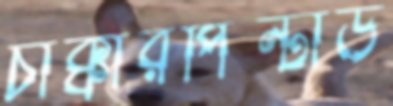
চাক্কারপিন্টাড